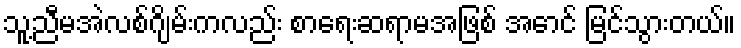
သူ့ညီမအဲလစ်ဂျိမ်းကလည်း စာရေးဆရာမအဖြစ် အောင် မြင်သွားတယ်။